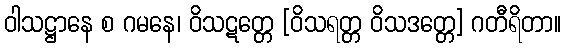
ဝါသဋ္ဌာနေ စ ဂမနေ၊ ဝိသဋတ္တေ [ဝိသရတ္တ ဝိသဒတ္တေ] ဂတီရိတာ။